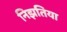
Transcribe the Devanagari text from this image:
निझतिया